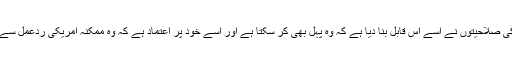
لیکن اب ماہرین سمجھتے ہیں کہ چین کی صلاحیتوں نے اسے اس قابل بنا دیا ہے کہ وہ پہل بھی کر سکتا ہے اور اسے خود پر اعتماد ہے کہ وہ ممکنہ امریکی ردعمل سے نمٹ سکتا ہے یا اسے روک سکتا ہے۔